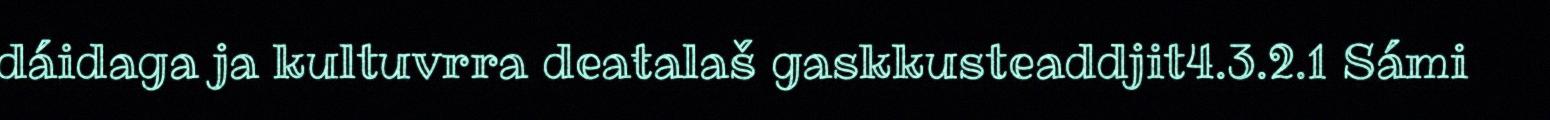
dáidaga ja kultuvrra deaŧalaš gaskkusteaddjit4.3.2.1 Sámi